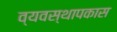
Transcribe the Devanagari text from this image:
व्यवस्थापकास